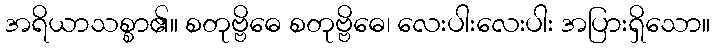
အရိယာသစ္စာ၏။ စတုဗ္ဗိဓေ စတုဗ္ဗိဓေ၊ လေးပါးလေးပါး အပြားရှိသော။